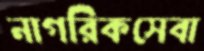
নাগরিকসেবা